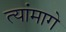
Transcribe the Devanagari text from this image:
त्यांमागे